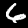
Digit: 6